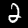
Label: 2